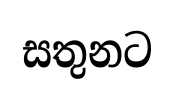
සතුනට